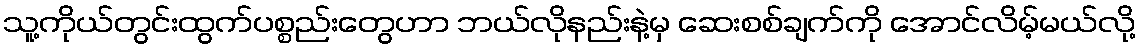
သူ့ကိုယ်တွင်းထွက်ပစ္စည်းတွေဟာ ဘယ်လိုနည်းနဲ့မှ ဆေးစစ်ချက်ကို အောင်လိမ့်မယ်လို့